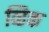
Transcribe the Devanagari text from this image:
व्हिक